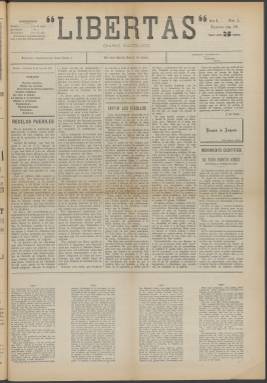
Título: Libertas (Manila)
Colección: Periódicos
Ámbito geográfico: Filipinas
Lugar de publicación: Manila
Fechas: 12/07/1899-05/05/1900